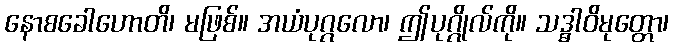
နောစခေါဟောတိ၊ မဖြစ်။ အယံပုဂ္ဂလော၊ ဤပုဂ္ဂိုလ်ကို။ သဒ္ဓါဝိမုတ္တော၊